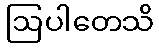
ဩပါတေသိ